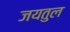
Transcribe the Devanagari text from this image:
जयतुल